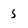
Character: 5